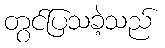
တွင်ပြသခဲ့သည်